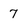
Character: 7